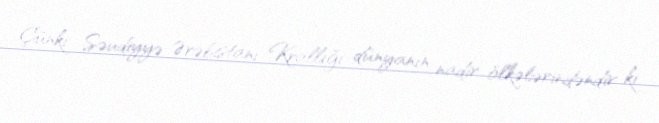
Çünki Səudiyyə Ərəbistanı Krallığı dünyanın nadir ölkələrindəndir ki,